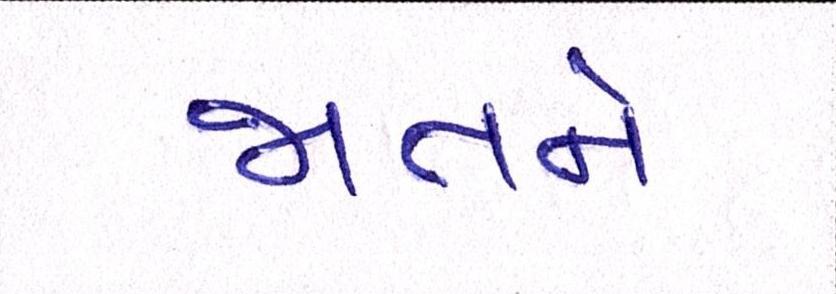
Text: જાતને